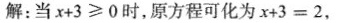
解：当＄＄x + 3 ≥ 0＄＄时，原方程可化为＄＄x + 3 = 2＄＄，